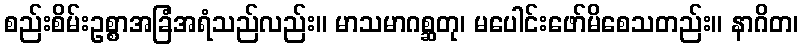
စည်းစိမ်းဥစ္စာအခြံအရံသည်လည်း။ မာသမာဂစ္ဆတု၊ မပေါင်းဖော်မိစေသတည်း။ နာဂိတ၊